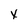
Character: x